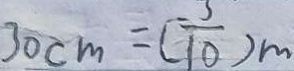
3 0 c m = ( \frac { 3 } { 1 0 } ) m